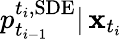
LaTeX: p_{t_{i-1}}^{t_{i},\mathrm{SDE}}|\, \mathbf{x}_{t_{i}}